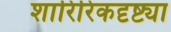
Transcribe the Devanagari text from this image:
शारिरिकदृष्ट्या